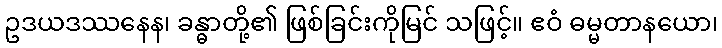
ဥဒယဒဿနေန၊ ခန္ဓာတို့၏ ဖြစ်ခြင်းကိုမြင် သဖြင့်။ ဧဝံ ဓမ္မတာနယော၊